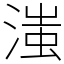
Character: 滍